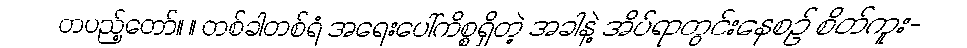
တပည့်တော်။ ။ တစ်ခါတစ်ရံ အရေးပေါ်ကိစ္စရှိတဲ့ အခါနဲ့ အိပ်ရာတွင်းနေစဉ် စိတ်ကူး-